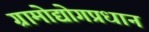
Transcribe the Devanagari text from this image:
ग्रामोद्योगप्रधान